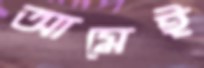
আমেই